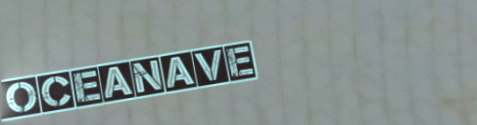
OceanAve